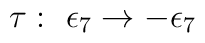
\tau:\,\,\epsilon_7\rightarrow -\epsilon_7